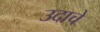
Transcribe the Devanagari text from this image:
उदाचे